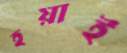
হয়াই